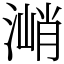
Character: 㴥